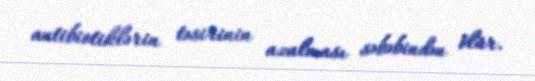
antibiotiklərin təsirinin azalması səbəbindən ölür.